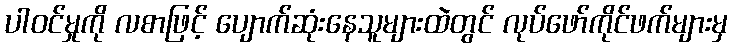
ပါဝင်မှုကို လစာဖြင့် ပျောက်ဆုံးနေသူများထဲတွင် လုပ်ဖော်ကိုင်ဖက်များမှ